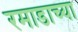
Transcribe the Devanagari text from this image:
रमाडाच्या